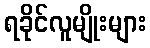
ရခိုင်လူမျိုးများ